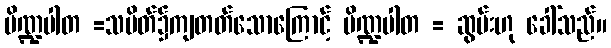
ပိဏ္ဍပါတ =သပိတ်၌ကျတတ်သောကြောင့် ပိဏ္ဍပါတ = ဆွမ်းဟု ခေါ်သည်။